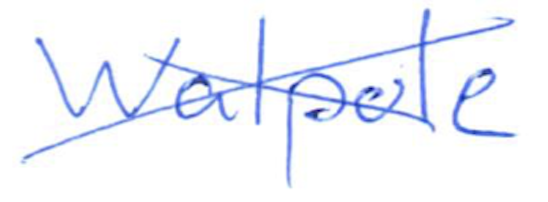
Text: Walpole.
Cross-out: cross
Writing tool: ballpoint